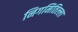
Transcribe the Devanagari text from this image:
निगमितिल्ला